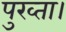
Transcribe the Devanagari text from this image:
पुख्ता।